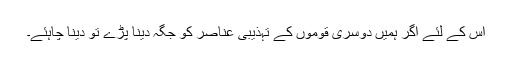
اس کے لئے اگر ہمیں دوسری قوموں کے تہذیبی عناصر کو جگہ دینا پڑے تو دینا چاہئے۔